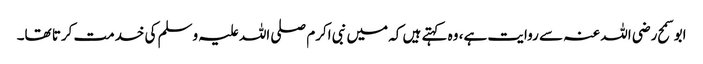
ابو سمح رضی اللہ عنہ سے روایت ہے، وہ کہتے ہیں کہ میں نبی اکرم صلی اللہ علیہ وسلم کی خدمت کرتا تھا۔